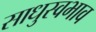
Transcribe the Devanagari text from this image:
साधुस्वभाव